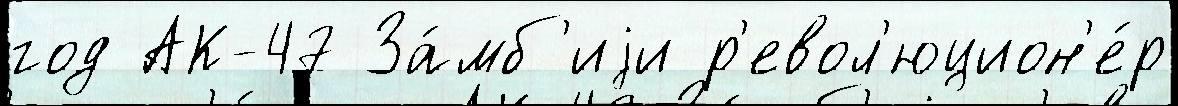
год АК-47 За́мб'иjи р'евол'юцион'е́р